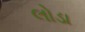
લોડા